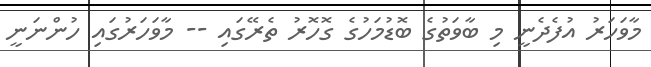
މާވަހަރު އުފެދެނީ މި ބާވަތުގެ ބޮޑުމަހުގެ ގޮހޮރު ތެރޭގައި -- މާވަހަރުގައި ހުންނަނީ